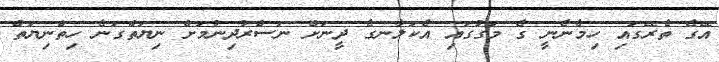
އޭގެ ތެރޭގައި ހިމެނެނީ ގެ މަގުގައި އެކަލާނގެ ދީނަށް ނަސްރުދިނުމަށް ނިޔަތްގަނެ ހިތްނިޔަތް